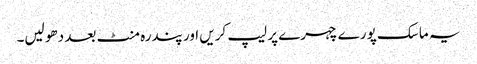
یہ ماسک پورے چہرے پر لیپ کریں اور پندرہ منٹ بعد دھو لیں۔